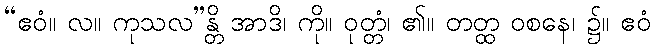
“ဧဝံ။ လ။ ကုသလ”န္တိ အာဒိ၊ ကို။ ဝုတ္တံ၊ ၏။ တတ္ထ ဝစနေ၊ ၌။ ဧဝံ